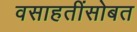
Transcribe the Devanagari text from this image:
वसाहतींसोबत